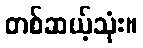
တစ်ဆယ့်သုံး။